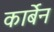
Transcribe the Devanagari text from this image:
कार्बेन